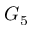
G _ { 5 }